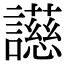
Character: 𬣐